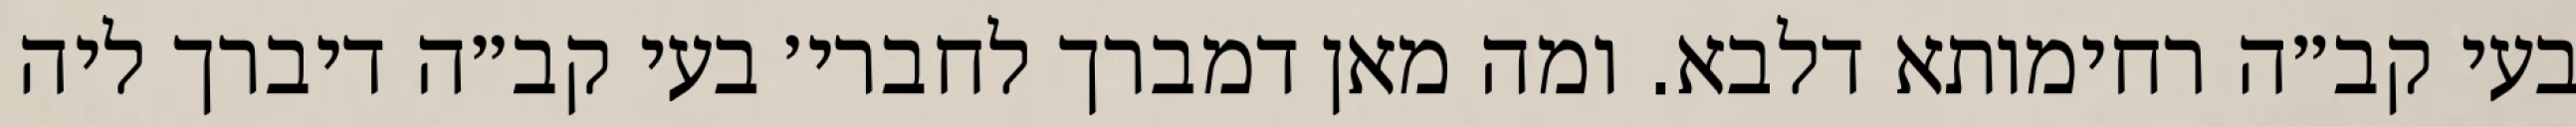
בעי קב״ה רחימותא דלבא. ומה מאן דמברך לחברי׳ בעי קב״ה דיברך ליה